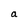
Character: e